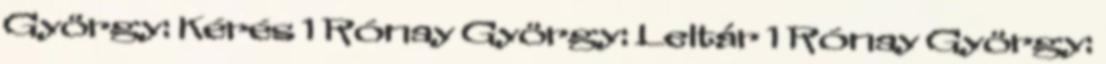
György: Kérés 1 Rónay György: Leltár 1 Rónay György: